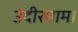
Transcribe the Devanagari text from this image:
उंदीरमामा